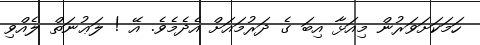
ހަމަކަށަވަރުން މިއަޅާ އިބަ ގެ ދަރުމައަށް އެދެމެވެ. އޭ ! ލަޢުނަތް ލެއްވި